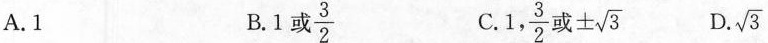
A.1 B.1或\frac{3}{2} C.1，\frac{3}{2}或±\sqrt{3} D.\sqrt{3}